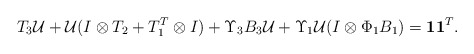
\begin{align*}T_3 {\cal U} + {\cal U} ( I\otimes T_2 + T_1^T \otimes I) + \Upsilon_3 B_3 {\cal U} +\Upsilon_1 {\cal U} ( I\otimes \Phi_1 B_1) = {\mathbf 1}{\mathbf 1}^T .\end{align*}